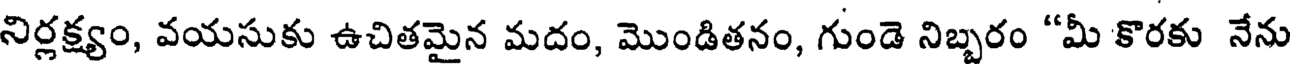
నిర్లక్ష్యం, వయసుకు ఉచితమైన మదం, మొండితనం, గుండె నిబ్బరం "మీ కొరకు నేను